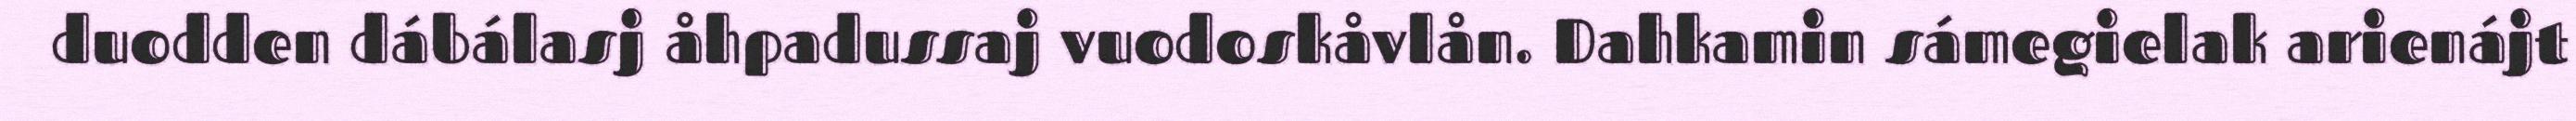
duodden dábálasj åhpadussaj vuodoskåvlån. Dahkamin sámegielak arienájt